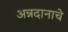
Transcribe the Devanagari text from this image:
अन्नदानाचे